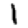
Digit: 1